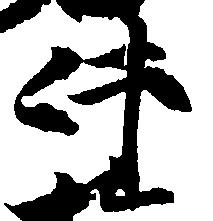
件